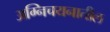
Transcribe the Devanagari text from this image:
अग्निचयनातील